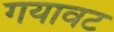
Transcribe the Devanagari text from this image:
गयावट